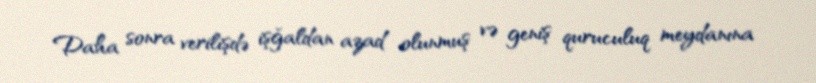
Daha sonra verilişdə işğaldan azad olunmuş və geniş quruculuq meydanına